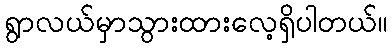
ရွာလယ်မှာသွားထားလေ့ရှိပါတယ်။